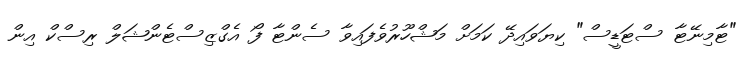
"ޓާމިނޭޓާ ސްޓަޑީސް" ކިޔަވައިދޭ ކަމަށް މަޝްހޫރުވެފައިވާ ސެންޓާ ފޯ އެގްޒިސްޓެންޝަލް ރިސްކް އިން